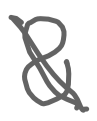
Text: &
Cross-out: diagonal
Writing tool: digital_gray